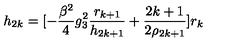
h _ { 2 k } = [ - \frac { \beta ^ { 2 } } { 4 } g _ { 3 } ^ { 2 } \frac { r _ { k + 1 } } { h _ { 2 k + 1 } } + \frac { 2 k + 1 } { 2 \rho _ { 2 k + 1 } } ] r _ { k }